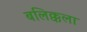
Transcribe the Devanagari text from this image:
बलिक्कला